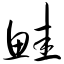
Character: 鲑